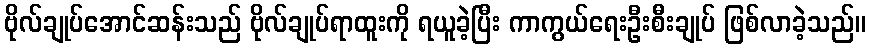
ဗိုလ်ချုပ်အောင်ဆန်းသည် ဗိုလ်ချုပ်ရာထူးကို ရယူခဲ့ပြီး ကာကွယ်ရေးဦးစီးချုပ် ဖြစ်လာခဲ့သည်။